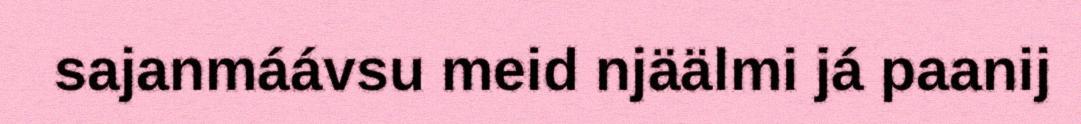
sajanmáávsu meid njäälmi já paanij